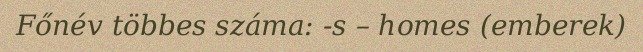
Főnév többes száma: -s – homes (emberek)